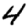
Digit: 4